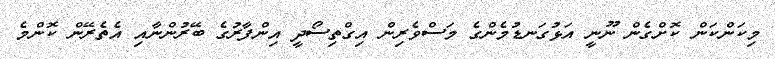
މިކަންކަން ކޮށްގެން ނޫނީ އަޅުގަނޑުމެންގެ މަސްވެރިން އިގްތިސޯދީ އިންފާރުގެ ބޭރުންނާއި އެތެރޭން ކޮންމެ